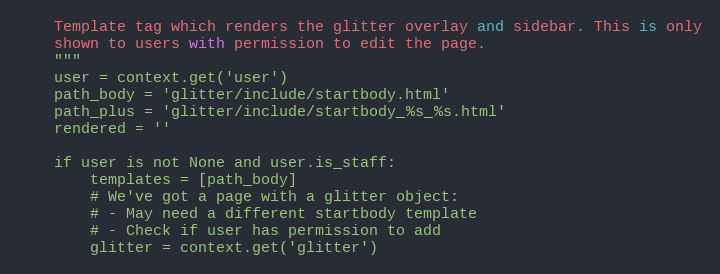
Language: Python
    Template tag which renders the glitter overlay and sidebar. This is only
    shown to users with permission to edit the page.
    """
    user = context.get('user')
    path_body = 'glitter/include/startbody.html'
    path_plus = 'glitter/include/startbody_%s_%s.html'
    rendered = ''

    if user is not None and user.is_staff:
        templates = [path_body]
        # We've got a page with a glitter object:
        # - May need a different startbody template
        # - Check if user has permission to add
        glitter = context.get('glitter')